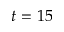
t = 1 5